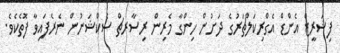
ފިޝަރީޒް އެންޑް އެގްރިކަލްޗަރުގެ ދަށުން ހިންގާ މެރިން ރިސާރޗް ސެކްޝަނުން ނެރެފަައިވާ ފޮތެކެވެ.